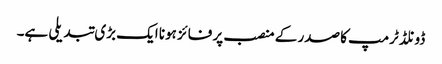
ڈونلڈ ٹرمپ کا صدر کے منصب پر فائز ہونا ایک بڑی تبدیلی ہے۔